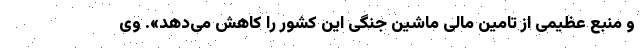
و منبع عظیمی از تامین مالی ماشین جنگی این کشور را کاهش می‌دهد». وی